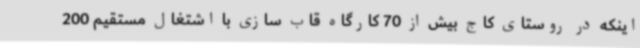
اینکه در روستای کاج بیش از 70 کارگاه قاب سازی با اشتغال مستقیم 200